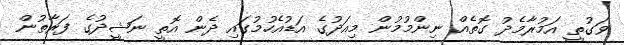
ވަގުތީ އަމުރާމެދު ގޮތެއް ނިންމުމުން މިއަދުގެ އަޑުއެހުމުގައި ދެން އޮތީ ނަޝީދުގެ ފަރާތުން